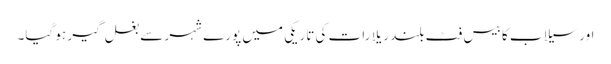
اور سیلاب کا بیس فٹ بلند ریلا رات کی تاریکی میں پورے شہر سے بغل گیر ہو گیا۔